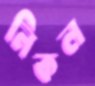
নিকল